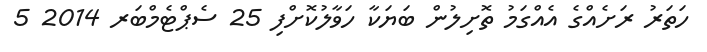
ހަތަރު ރަށެއްގެ އެއްގަމު ތޮށިލުން ބަޔަކާ ހަވާލުކޮށްފި 25 ސެޕްޓެމްބަރ 2014 5